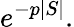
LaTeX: e^{-p|S|}.